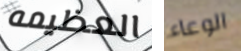
العظيمه الوعاء